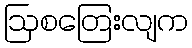
ဩစတြေးလျက